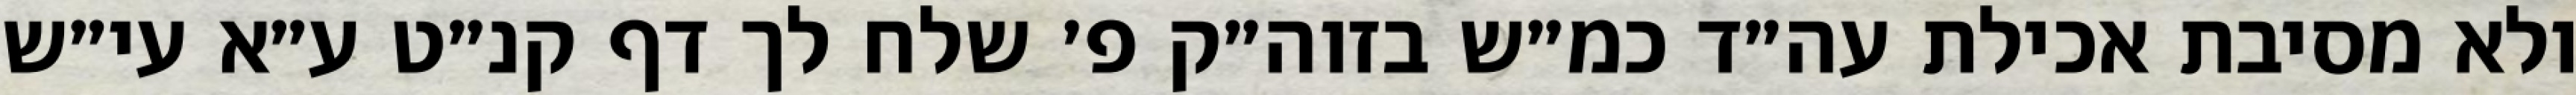
ולא מסיבת אכילת עה״ד כמ״ש בזוה״ק פ׳ שלח לך דף קנ״ט ע״א עי״ש